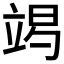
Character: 𱷧